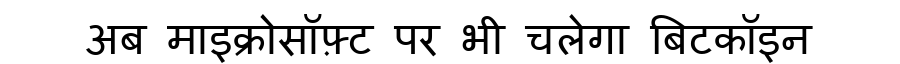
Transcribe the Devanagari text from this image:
अब माइक्रोसॉफ़्ट पर भी चलेगा बिटकॉइन